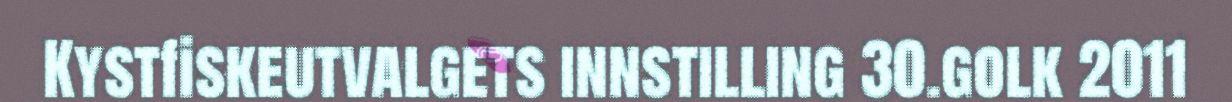
Kystfiskeutvalgets innstilling 30.golk 2011